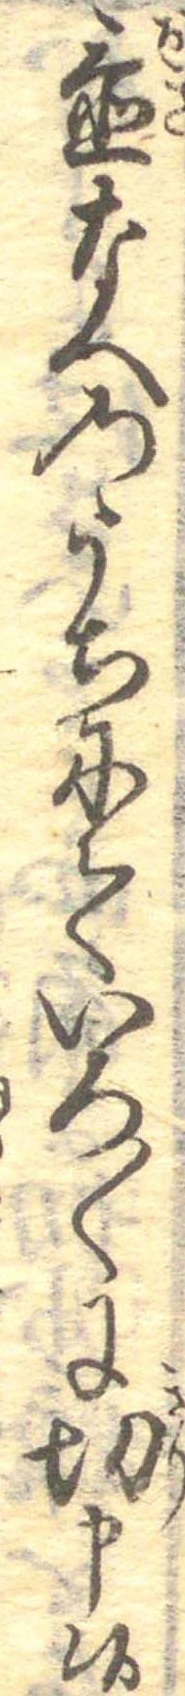
置なへのうちにていろ〱に切申候